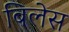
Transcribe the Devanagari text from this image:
बिलेस